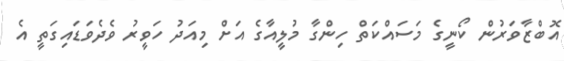
އޮބްޒާވަރުން ކޯނީގެ މަސައްކަތް ހިންގާ މުލީއާގެ އަށް މިއަދު ހަވީރު ވެދެވަޑައިގަތީ އެ